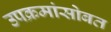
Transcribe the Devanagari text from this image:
उपक्रमांसोबत